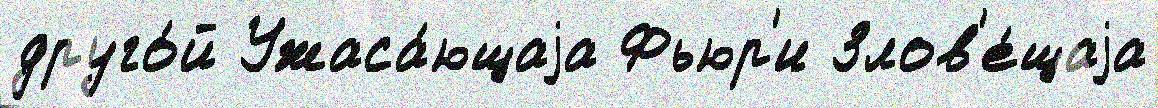
друго́й Ужаса́ющаjа Фьюр'и Злов'е́щаjа